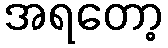
အရတော့